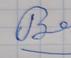
Signature authenticity: forged